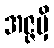
အဇ္ဇမှိ